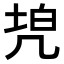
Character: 𠙓